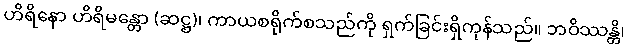
ဟိရိနော ဟိရိမန္တော (ဆဋ္ဌ)၊ ကာယစရိုက်စသည်ကို ရှက်ခြင်းရှိကုန်သည်။ ဘဝိဿန္တိ၊